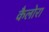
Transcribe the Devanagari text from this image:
कैलोरा